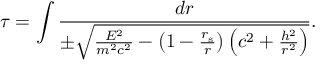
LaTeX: \tau = \int { \frac { d r } { \pm { \sqrt { { \frac { E ^ { 2 } } { m ^ { 2 } c ^ { 2 } } } - \left( 1 - { \frac { r _ { \mathrm { { s } } } } { r } } \right) \left( c ^ { 2 } + { \frac { h ^ { 2 } } { r ^ { 2 } } } \right) } } } } .